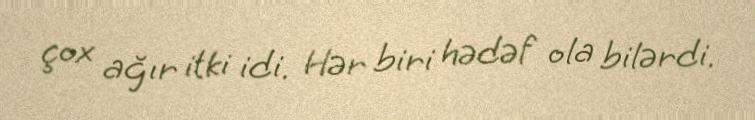
çox ağır itki idi. Hər biri hədəf ola bilərdi.